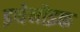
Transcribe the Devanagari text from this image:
इथेनोइक